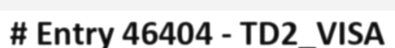
# Entry 46404 - TD2_VISA